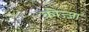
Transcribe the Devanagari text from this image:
कोज्जा